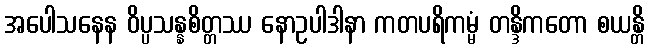
အပေါသနေန ဝိပ္ပသန္နစိတ္တဿ နောဥပါဒါနာ ကတပရိကမ္မံ တန္ဒိကတော စယန္တိ